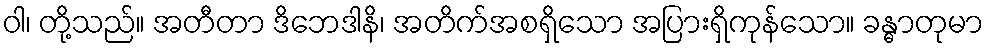
ဝါ၊ တို့သည်။ အတီတာ ဒိဘေဒါနိ၊ အတိက်အစရှိသော အပြားရှိကုန်သော။ ခန္ဓာတုမာ